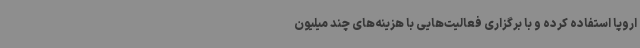
اروپا استفاده کرده و با برگزاری فعالیت‌هایی با هزینه‌های چند میلیون